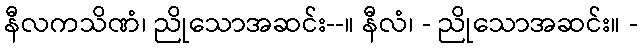
နီလကသိဏံ၊ ညိုသောအဆင်း--။ နီလံ၊ - ညိုသောအဆင်း။ -